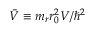
\bar { V } \equiv m _ { r } r _ { 0 } ^ { 2 } V / \hbar ^ { 2 }